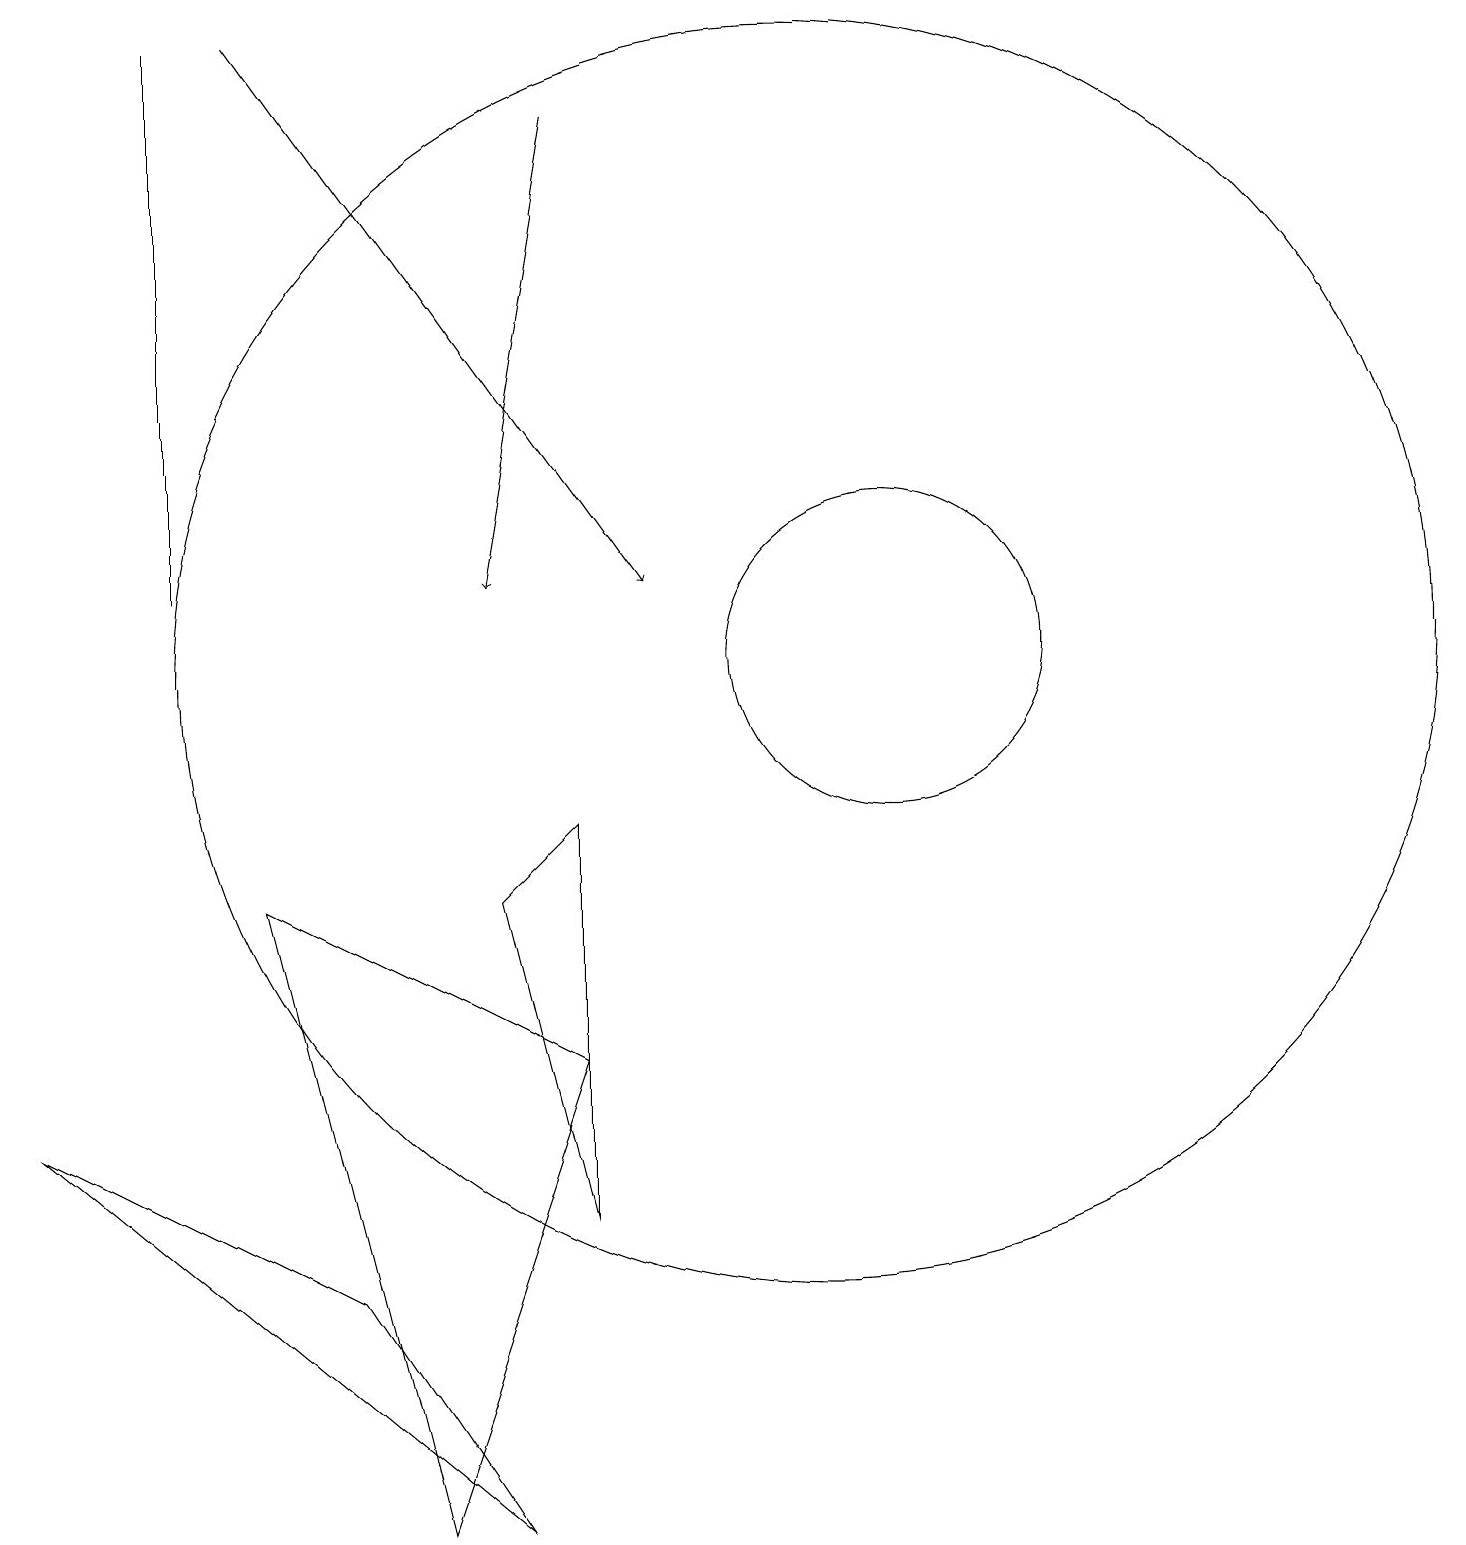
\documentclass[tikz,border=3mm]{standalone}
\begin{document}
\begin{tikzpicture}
\draw (11,11) circle (2);
\draw (7,4) -- (7,9) -- (6,8) -- cycle;
\draw (10,11) circle (8);
\draw[->] (3,19) -- (8,12);
\draw[->] (7,18) -- (6,12);
\draw (2,19) rectangle (2,12);
\draw (3,8) -- (7,6) -- (5,0) -- cycle;
\draw (6,0) -- (4,3) -- (0,5) -- cycle;
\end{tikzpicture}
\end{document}